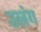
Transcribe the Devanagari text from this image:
उलंग